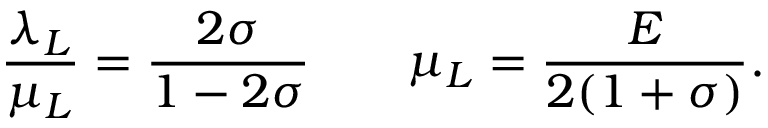
\frac { \lambda _ { L } } { \mu _ { L } } = \frac { 2 \sigma } { 1 - 2 \sigma } \qquad \mu _ { L } = \frac { E } { 2 ( 1 + \sigma ) } .